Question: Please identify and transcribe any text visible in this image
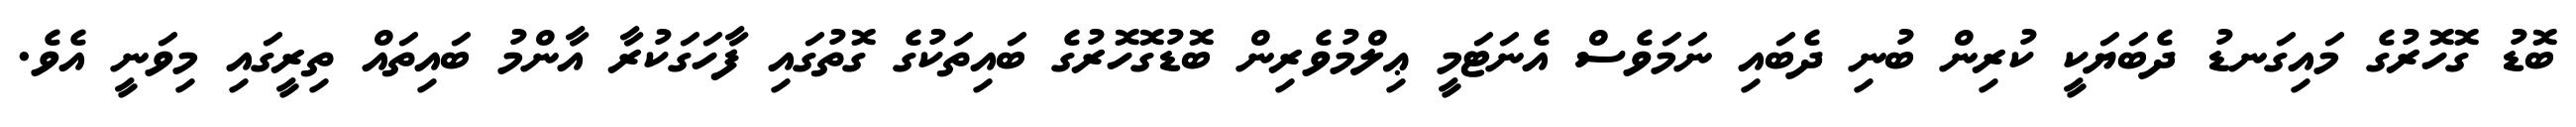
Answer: ބޮޑު ގޮހޮރުގެ މައިގަނޑު ދެބަޔަކީ ކުރިން ބުނި ދެބައި ނަމަވެސް އެނަޓަމީ ޢިލްމުވެރިން ބޮޑުގޮހޮރުގެ ބައިތަކުގެ ގޮތުގައި ފާހަގަކުރާ އާންމު ބައިތައް ތިރީގައި މިވަނީ އެވެ.